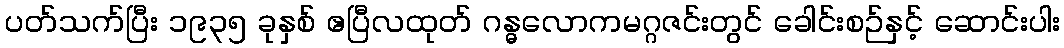
ပတ်သက်ပြီး ၁၉၃၅ ခုနှစ် ဧပြီလထုတ် ဂန္ဓလောကမဂ္ဂဇင်းတွင် ခေါင်းစဉ်နှင့် ဆောင်းပါး